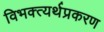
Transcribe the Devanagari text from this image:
विभक्त्यर्थप्रकरण